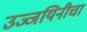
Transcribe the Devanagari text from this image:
उज्जयिनीचा